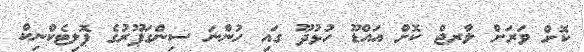
ކޮށް ވަރަށް ލާރޖް ކޮށް އައްޑޫ ހުޅުދޫ ގައި ހުންނަ ސިންގަޕޫރުގެ ޕޮލިޓެކްނިކް